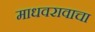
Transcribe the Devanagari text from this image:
माधवरावाचा